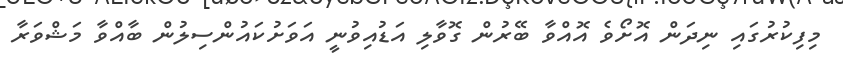
މިފިކުރުގައި ނިދަން އޮށޯވެ އޮއްވާ ބޭރުން ގޮވާލި އަޑުއިވުނީ އަވަށުކައުންސިލުން ބާއްވާ މަޝްވަރާ